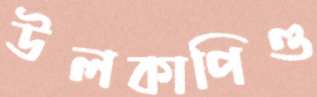
উলকাপিণ্ড